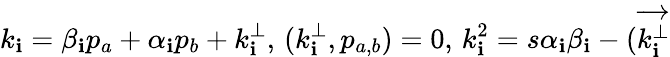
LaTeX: k_{\mathbf{i}}=\beta_{\mathbf{i}}p_{a}+\alpha_{\mathbf{i}}p_{b}+k_{\mathbf{i}}^{\perp},\, (k_{\mathbf{i}}^{\perp},p_{a,b})=0,\, k_{\mathbf{i}}^{2}=s\alpha_{\mathbf{i}}\beta_{\mathbf{i}}-(\overrightarrow{{k_{\mathbf{i}}^{\perp}}}